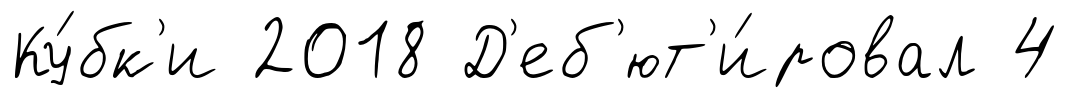
Ку́бк'и 2018 Д'еб'ют'и́ровал 4